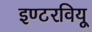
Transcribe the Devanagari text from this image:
इण्टरवियू